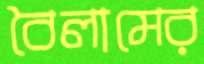
বৈলামের